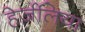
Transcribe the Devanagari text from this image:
हेर्ज़लिया